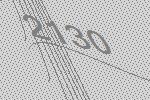
2130